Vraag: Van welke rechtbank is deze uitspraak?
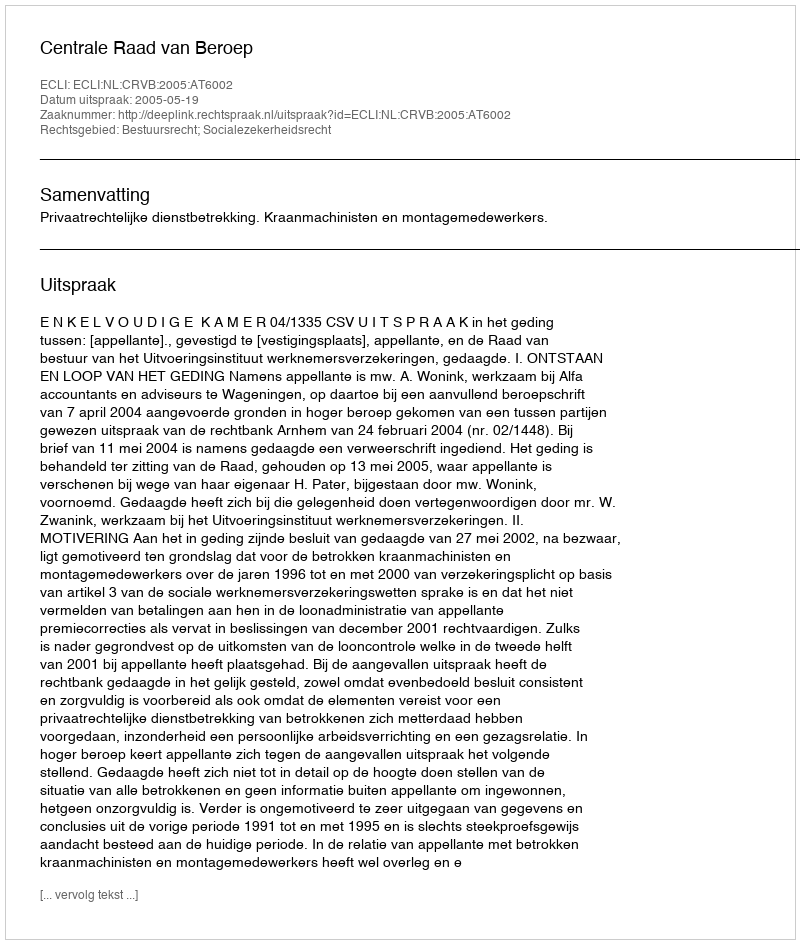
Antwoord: Centrale Raad van Beroep